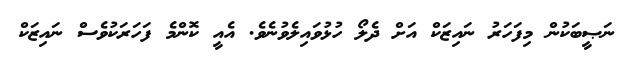
ނަޞީބަކުން މިފަހަރު ނައިޒަކް އަށް ދެލޯ ހުޅުވައިލެވުނެވެ. އެއީ ކޮންމެ ފަހަރަކުވެސް ނައިޒަކް